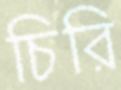
চিরি